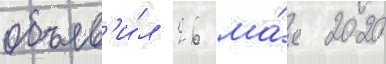
объяв'и́л 26 ма́я 2020